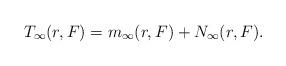
LaTeX: \begin{align*}T_\infty(r, F)= m_\infty(r, F)+N_\infty(r,F).\end{align*}